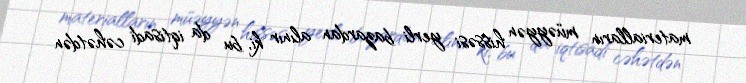
materialların müəyyən hissəsi yerli bazardan alınır ki, bu da iqtisadi cəhətdən